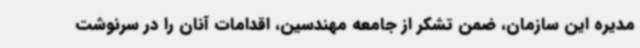
مدیره این سازمان، ضمن تشکر از جامعه مهندسین، اقدامات آنان را در سرنوشت